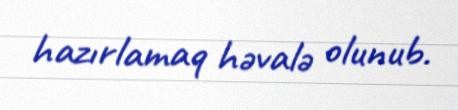
hazırlamaq həvalə olunub.